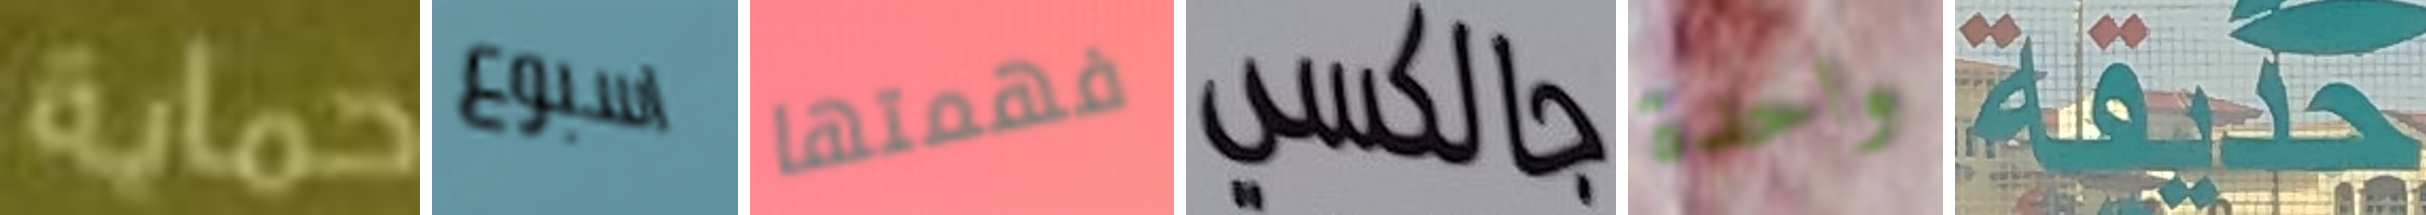
حماية اسبوع فهمتها جالكسي واحدة حديقة